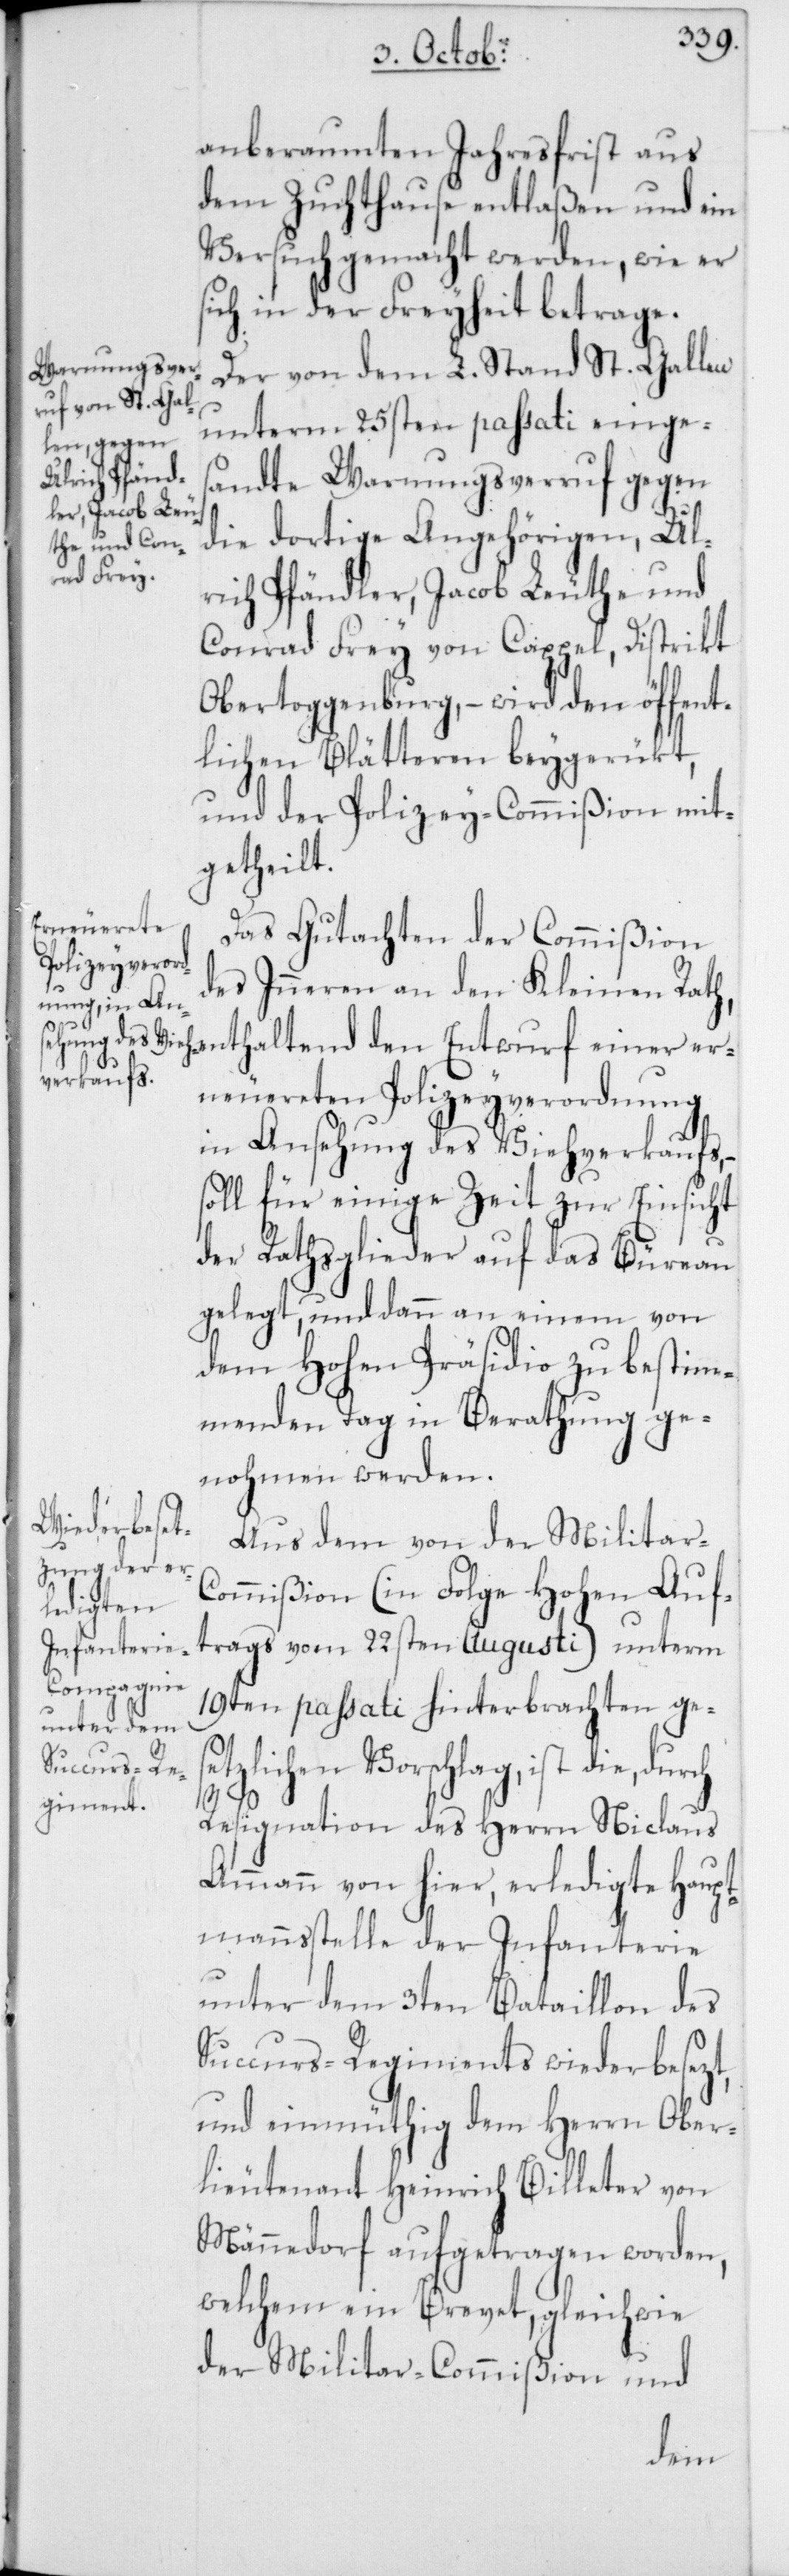
anberaumten Jahresfrist aus
dem Zuchthause entlaßen und ein
Versuch gemacht werden, wie er
sich in der Freyheit betrage.
Der von dem L. Stand St. Gallen
unterm 25sten passati einges¬
andte Warnungsverruf gegen
die dortige Angehörigen, Ul¬
rich Pfändler, Jacob Leuthe und
Conrad Frey von Cappel, Distrikt
Obertoggenburg, – wird den öffent¬
lichen Blätteren beygerükt,
und der Polizey-Commißion mit¬
getheilt.
Das Gutachten der Commißion
des Inneren an den Kleinen Rath,
neuereten Polizeyverordnung
in Ansehung des Viehverkaufs,
soll für einige Zeit zur Einsicht
der Rathsglieder auf das Büreau
gelegt, und dann an einem von
dem Hohen Präsidio zu bestim¬
menden Tag in Berathung ge¬
nohmen werden.
Aus dem von der Militar-C¬
ommißion (in Folge Hohen Auf¬
trags vom 22sten Augusti) unterm
einer er¬
19ten passati hinterbrachten geset¬
zlichen Vorschlag, ist die,
Resignation des Herrn Niclaus
Ammann von hier, erledigte Haupt¬
mannsstelle der Infanterie
unter dem 3ten Bataillon des
Succurs-Regiments wiederbesezt,
und einmüthig dem Herrn Ober¬
lieutenant Heinrich Billeter von
Männedorf aufgetragen worden,
welchem ein Brevet, gleichwie
der Militar-Commißion und
den